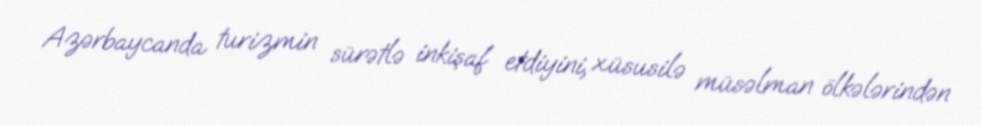
Azərbaycanda turizmin sürətlə inkişaf etdiyini, xüsusilə müsəlman ölkələrindən